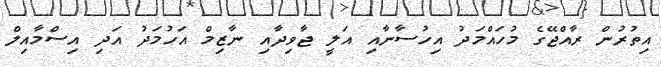
އިތުރުން ރާއްޖޭގެ މުހައްމަދު އިހުސާނާއި އަލީ ޖާވިދާއި ނާޒިމް އަހުމަދު އަދި އިސްމާއިލް